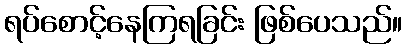
ရပ်စောင့်နေကြရခြင်း ဖြစ်ပေသည်။